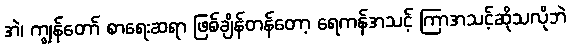
အဲ၊ ကျွန်တော် စာရေးဆရာ ဖြစ်ချိန်တန်တော့ ရေကန်အသင့် ကြာအသင့်ဆိုသလိုဘဲ